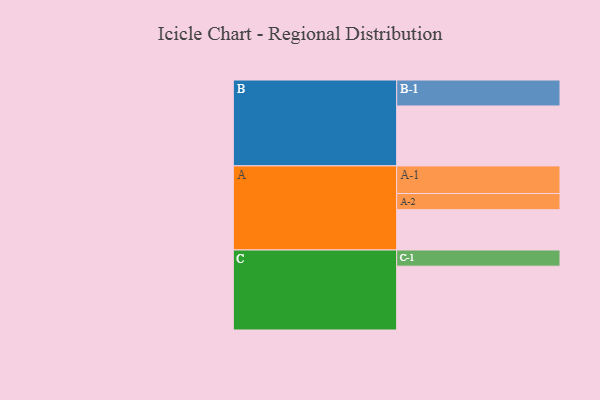
{"axis": {"x": "Segment", "y": "Value"}, "legend": ["", "A", "B", "C"], "data": [{"x": "A", "y": 321, "type": ""}, {"x": "B", "y": 477, "type": ""}, {"x": "C", "y": 508, "type": ""}, {"x": "A-1", "y": 220, "type": "A"}, {"x": "A-2", "y": 129, "type": "A"}, {"x": "B-1", "y": 207, "type": "B"}, {"x": "C-1", "y": 129, "type": "C"}]}